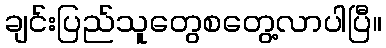
ချင်းပြည်သူတွေစတွေ့လာပါပြီ။